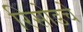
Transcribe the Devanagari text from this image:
रिसोडचे